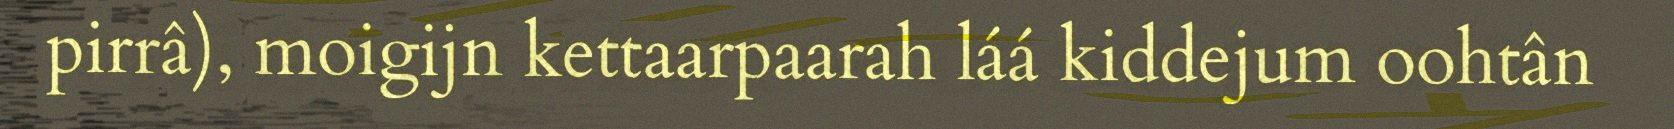
pirrâ), moigijn kettaarpaarah láá kiddejum oohtân